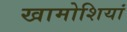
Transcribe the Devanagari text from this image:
खामोशियां